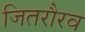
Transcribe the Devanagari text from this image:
जितरौरव